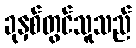
ခုနှစ်တွင်သူသည်